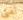
لفتى